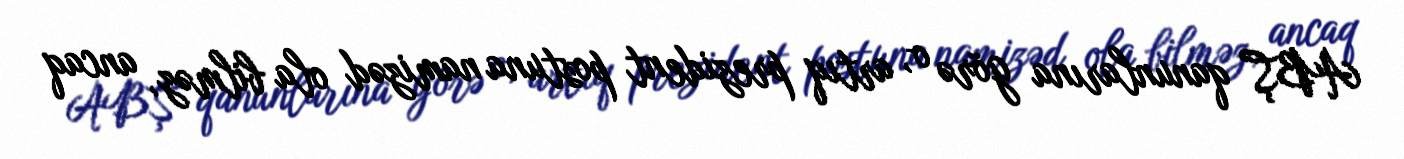
ABŞ qanunlarına görə o, artıq prezident postuna namizəd ola bilməz, ancaq